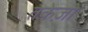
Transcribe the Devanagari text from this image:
तकेज़ो